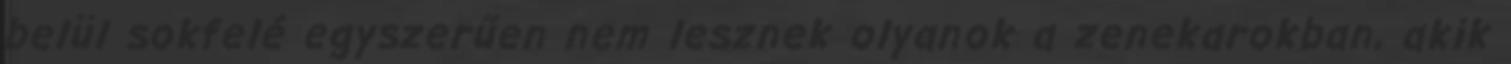
belül sokfelé egyszerűen nem lesznek olyanok a zenekarokban, akik